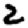
Digit: 2